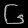
Digit: ၆